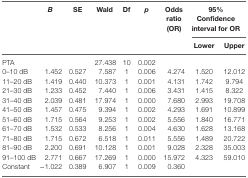
<table><thead><tr><td rowspan="2"></td><td rowspan="2"><b><i>B</i></b></td><td rowspan="2"><b>SE</b></td><td rowspan="2"><b>Wald</b></td><td rowspan="2"><b>Df</b></td><td rowspan="2"><b><i>p</i></b></td><td rowspan="2"><b>Odds ratio (OR)</b></td><td colspan="2"><b>95% Confidence interval for OR</b></td></tr><tr><td><b>Lower</b></td><td><b>Upper</b></td></tr></thead><tbody><tr><td>PTA</td><td></td><td></td><td>27.438</td><td>10</td><td>0.002</td><td></td><td></td><td></td></tr><tr><td>0–10 dB</td><td>1.452</td><td>0.527</td><td>7.587</td><td>1</td><td>0.006</td><td>4.274</td><td>1.520</td><td>12.012</td></tr><tr><td>11–20 dB</td><td>1.419</td><td>0.440</td><td>10.373</td><td>1</td><td>0.001</td><td>4.131</td><td>1.742</td><td>9.794</td></tr><tr><td>21–30 dB</td><td>1.233</td><td>0.452</td><td>7.440</td><td>1</td><td>0.006</td><td>3.431</td><td>1.415</td><td>8.322</td></tr><tr><td>31–40 dB</td><td>2.039</td><td>0.481</td><td>17.974</td><td>1</td><td>0.000</td><td>7.680</td><td>2.993</td><td>19.708</td></tr><tr><td>41–50 dB</td><td>1.457</td><td>0.475</td><td>9.394</td><td>1</td><td>0.002</td><td>4.293</td><td>1.691</td><td>10.899</td></tr><tr><td>51–60 dB</td><td>1.715</td><td>0.564</td><td>9.253</td><td>1</td><td>0.002</td><td>5.556</td><td>1.840</td><td>16.771</td></tr><tr><td>61–70 dB</td><td>1.532</td><td>0.533</td><td>8.256</td><td>1</td><td>0.004</td><td>4.630</td><td>1.628</td><td>13.168</td></tr><tr><td>71–80 dB</td><td>1.715</td><td>0.672</td><td>6.518</td><td>1</td><td>0.011</td><td>5.556</td><td>1.489</td><td>20.722</td></tr><tr><td>81–90 dB</td><td>2.200</td><td>0.691</td><td>10.128</td><td>1</td><td>0.001</td><td>9.028</td><td>2.328</td><td>35.003</td></tr><tr><td>91–100 dB</td><td>2.771</td><td>0.667</td><td>17.269</td><td>1</td><td>0.000</td><td>15.972</td><td>4.323</td><td>59.010</td></tr><tr><td>Constant</td><td>−1.022</td><td>0.389</td><td>6.907</td><td>1</td><td>0.009</td><td>0.360</td><td></td><td></td></tr></tbody></table>